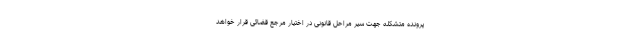
پرونده متشکله جهت سیر مراحل قانونی در اختیار مرجع قضائی قرار خواهد